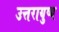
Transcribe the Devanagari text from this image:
उत्तरायुष्य